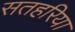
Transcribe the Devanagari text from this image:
सतहरिया